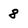
Character: 8